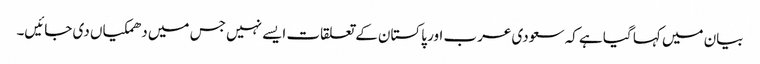
بیان میں کہا گیا ہے کہ سعودی عرب اور پاکستان کے تعلقات ایسے نہیں جس میں دھمکیاں دی جائیں۔